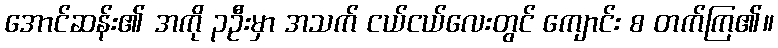
အောင်ဆန်း၏ အကို ၃ဦးမှာ အသက် ငယ်ငယ်လေးတွင် ကျောင်း စ တက်ကြ၏။